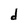
Character: d